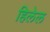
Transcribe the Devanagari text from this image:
हिलेल